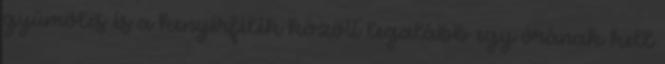
gyümölcs és a kenyérfélék között legalább egy órának kell